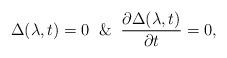
LaTeX: \begin{align*}\Delta(\lambda,t)=0\And\frac{\partial\Delta(\lambda,t)}{\partial t}=0,\end{align*}